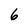
Character: 6